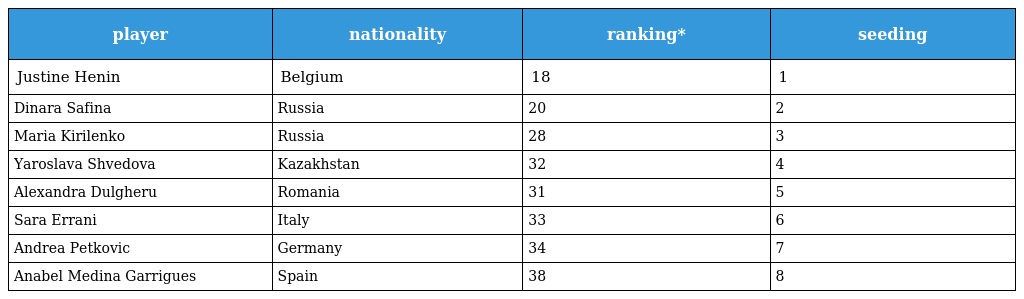
| player | nationality | ranking* | seeding |
 | --- | --- | --- | --- |
 | Justine Henin | Belgium | 18 | 1 |
 | Dinara Safina | Russia | 20 | 2 |
 | Maria Kirilenko | Russia | 28 | 3 |
 | Yaroslava Shvedova | Kazakhstan | 32 | 4 |
 | Alexandra Dulgheru | Romania | 31 | 5 |
 | Sara Errani | Italy | 33 | 6 |
 | Andrea Petkovic | Germany | 34 | 7 |
 | Anabel Medina Garrigues | Spain | 38 | 8 |